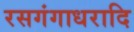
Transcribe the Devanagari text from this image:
रसगंगाधरादि